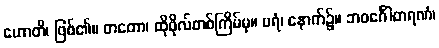
ဟောတိ၊ ဖြစ်၏။ တတော၊ ထိုဖိုလ်တစ်ကြိမ်မှ။ ပရံ၊ နောက်၌။ ဘဝင်္ဂေါတရဏံ၊